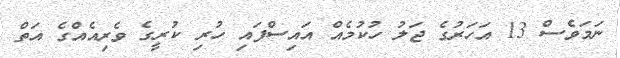
ނަމަވެސް 13 އަހަރުގެ ޖަލު ހުކުމެއް އައިސްފައި ހުރި ކުރީގެ ވެރިއެއްގެ އަތް